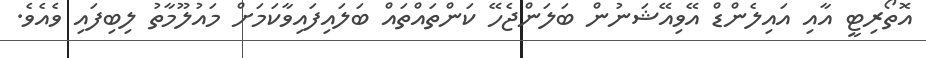
އޮތޯރިޓީ އާއި އައިލެންޑް އޭވިއޭޝަނުން ބަލަންޖެހޭ ކަންތައްތައް ބަލައިފައިވާކަމަށް މައުލޫމާތު ލިބިފައި ވެއެވެ.